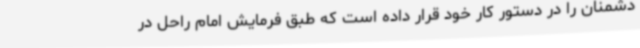
دشمنان را در دستور کار خود قرار داده است که طبق فرمایش امام راحل در